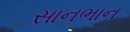
સાનભાન